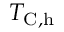
T _ { \mathrm { C , h } }